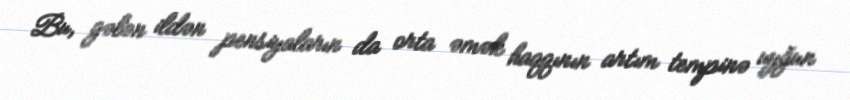
Bu, gələn ildən pensiyaların da orta əmək haqqının artım tempinə uyğun